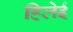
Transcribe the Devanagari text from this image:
हिलेई